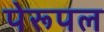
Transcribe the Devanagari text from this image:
पेरूपल